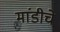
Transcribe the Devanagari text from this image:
मांडीचे